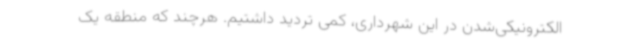
الکترونیکی‌شدن در این شهرداری، کمی تردید داشتیم. هرچند که منطقه یک